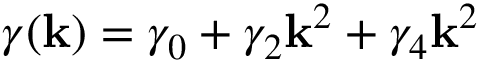
\gamma ( \mathbf { k } ) = \gamma _ { 0 } + \gamma _ { 2 } \mathbf { k } ^ { 2 } + \gamma _ { 4 } \mathbf { k } ^ { 2 }